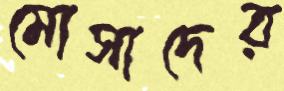
মোসাদের